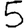
Digit: 5